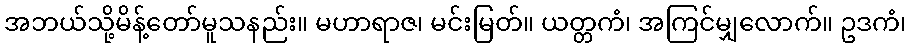
အဘယ်သို့မိန့်တော်မူသနည်း။ မဟာရာဇ၊ မင်းမြတ်။ ယတ္တကံ၊ အကြင်မျှလောက်။ ဥဒကံ၊